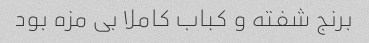
برنج شفته و کباب کاملا بی مزه بود